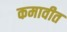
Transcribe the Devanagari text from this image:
कमावीत